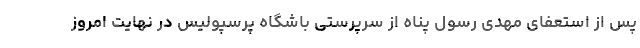
پس از استعفای مهدی رسول پناه از سرپرستی باشگاه پرسپولیس در نهایت امروز